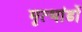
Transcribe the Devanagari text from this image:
मृत्भांडों